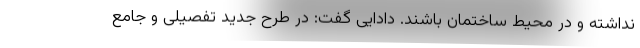
نداشته و در محیط ساختمان باشند. دادایی گفت: در طرح جدید تفصیلی و جامع